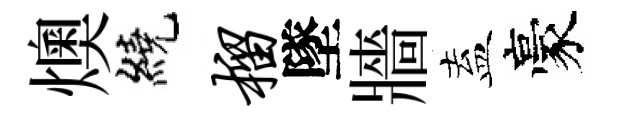
燠繞榴墜牆盍豪